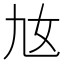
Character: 𡚪